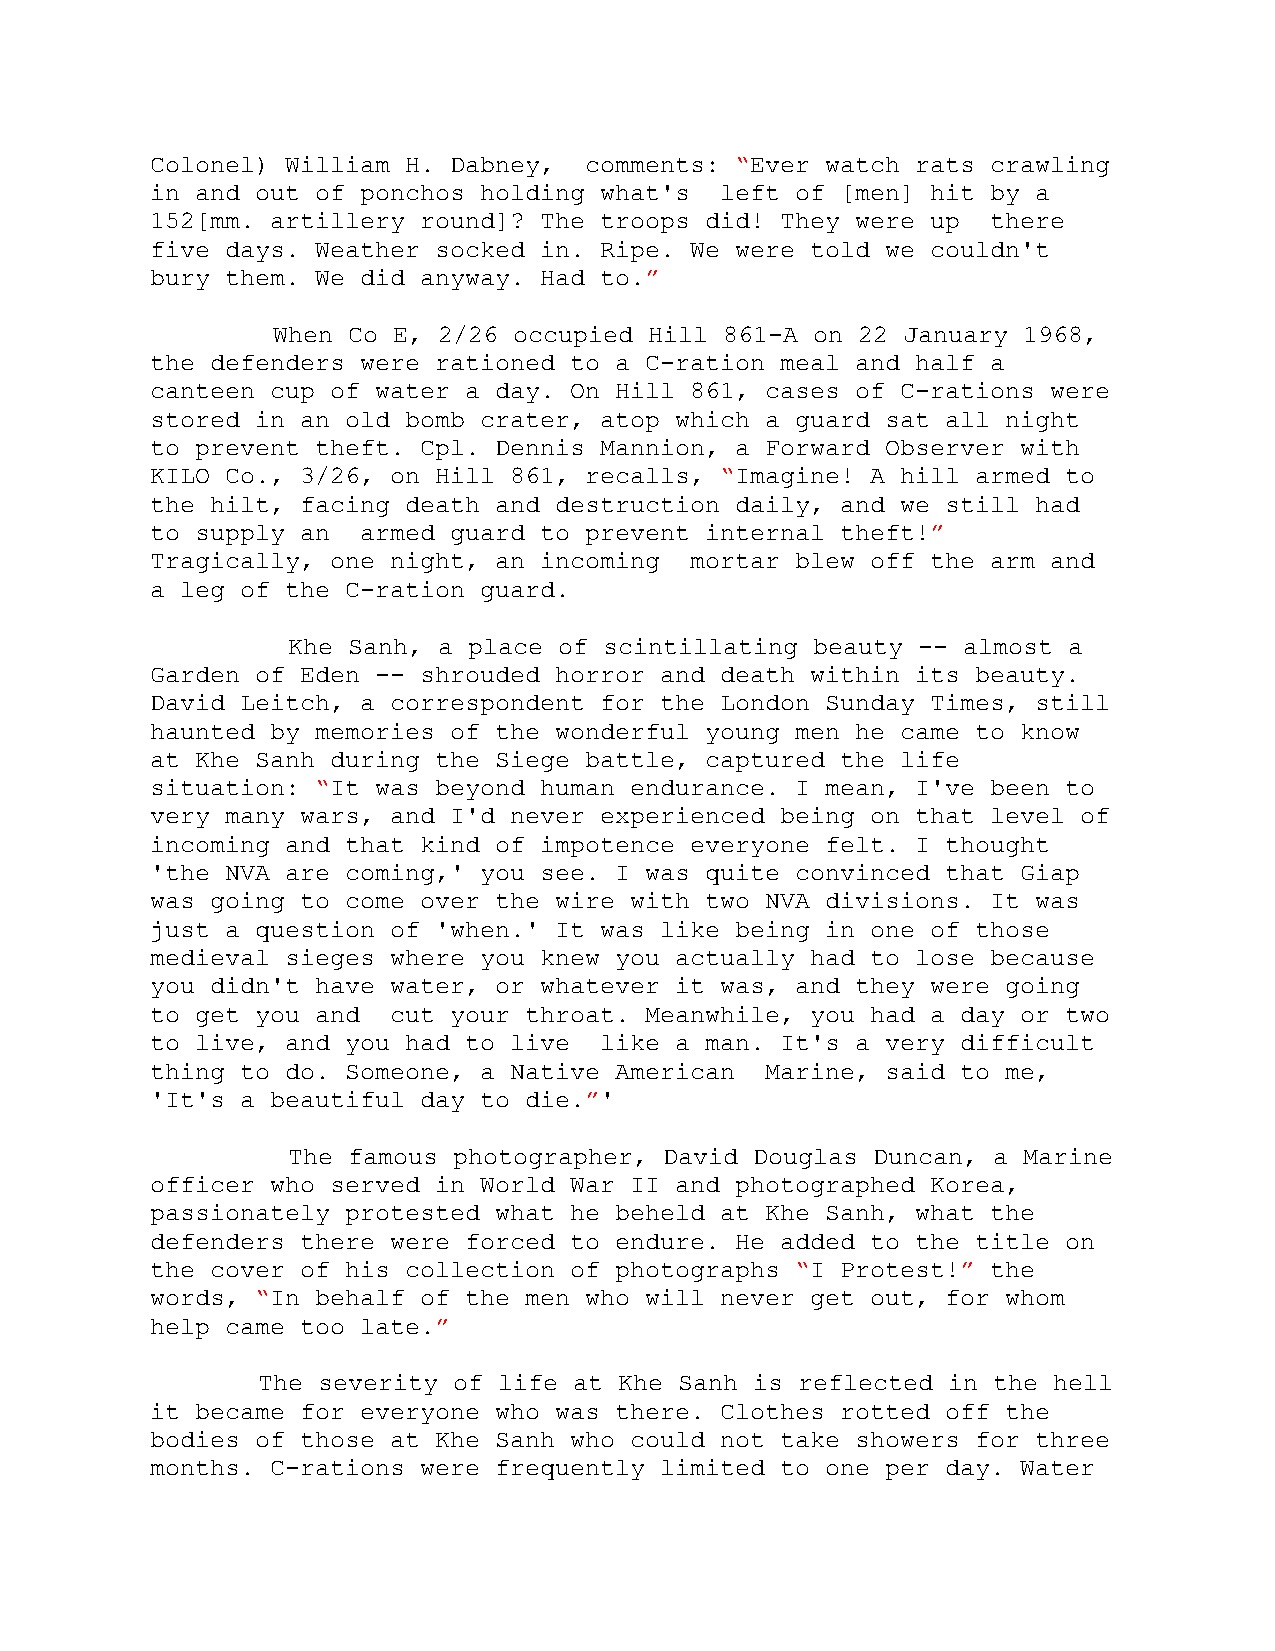
Colonel) William H. Dabney,  comments: “Ever watch rats crawling
 in and out of ponchos holding what's  left of [men] hit by a
 152[mm. artillery round]? The troops did! They were up  there
 five days. Weather socked in. Ripe. We were told we couldn't
 bury them. We did anyway. Had to.”
 When Co E, 2/26 occupied Hill 861-A on 22 January 1968,
 the defenders were rationed to a C-ration meal and half a
 canteen cup of water a day. On Hill 861, cases of C-rations were
 stored in an old bomb crater, atop which a guard sat all night
 to prevent theft. Cpl. Dennis Mannion, a Forward Observer with
 KILO Co., 3/26, on Hill 861, recalls, “Imagine! A hill armed to
 the hilt, facing death and destruction daily, and we still had
 to supply an  armed guard to prevent internal theft!”
 Tragically, one night, an incoming  mortar blew off the arm and
 a leg of the C-ration guard.
 Khe Sanh, a place of scintillating beauty -- almost a
 Garden of Eden -- shrouded horror and death within its beauty.
 David Leitch, a correspondent for the London Sunday Times, still
 haunted by memories of the wonderful young men he came to know
 at Khe Sanh during the Siege battle, captured the life
 situation: “It was beyond human endurance. I mean, I've been to
 very many wars, and I'd never experienced being on that level of
 incoming and that kind of impotence everyone felt. I thought
 'the NVA are coming,' you see. I was quite convinced that Giap
 was going to come over the wire with two NVA divisions. It was
 just a question of 'when.' It was like being in one of those
 medieval sieges where you knew you actually had to lose because
 you didn't have water, or whatever it was, and they were going
 to get you and  cut your throat. Meanwhile, you had a day or two
 to live, and you had to live  like a man. It's a very difficult
 thing to do. Someone, a Native American  Marine, said to me,
 'It's a beautiful day to die.”'
 The famous photographer, David Douglas Duncan, a Marine
 officer who served in World War II and photographed Korea,
 passionately protested what he beheld at Khe Sanh, what the
 defenders there were forced to endure. He added to the title on
 the cover of his collection of photographs “I Protest!” the
 words, “In behalf of the men who will never get out, for whom
 help came too late.”
 The severity of life at Khe Sanh is reflected in the hell
 it became for everyone who was there. Clothes rotted off the
 bodies of those at Khe Sanh who could not take showers for three
 months. C-rations were frequently limited to one per day. Water